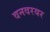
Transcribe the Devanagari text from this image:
वनवरयर